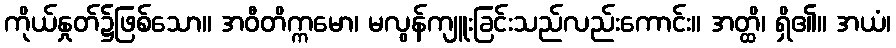
ကိုယ်နှုတ်၌ဖြစ်သော။ အဝီတိက္ကမော၊ မလွန်ကျူးခြင်းသည်လည်းကောင်း။ အတ္ထိ၊ ရှိ၏။ အယံ၊